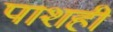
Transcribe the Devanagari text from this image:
पाशही